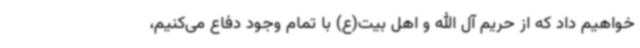
خواهیم داد که از حریم آل الله و اهل بیت(ع) با تمام وجود دفاع می‌کنیم،